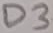
Text: D3